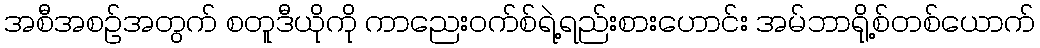
အစီအစဉ်အတွက် စတူဒီယိုကို ကာညေးဝက်စ်ရဲ့ရည်းစားဟောင်း အမ်ဘာရို့စ်တစ်ယောက်